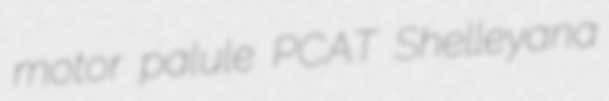
motor palule PCAT Shelleyana